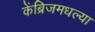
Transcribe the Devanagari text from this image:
केंब्रिजमधल्या